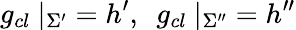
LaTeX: g_{cl}~|_{\Sigma^{\prime}}=h^{\prime},~~g_{cl}~|_{\Sigma^{\prime\prime}}=h^{\prime\prime}